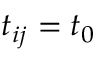
t _ { i j } = t _ { 0 }